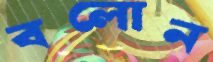
বলোন